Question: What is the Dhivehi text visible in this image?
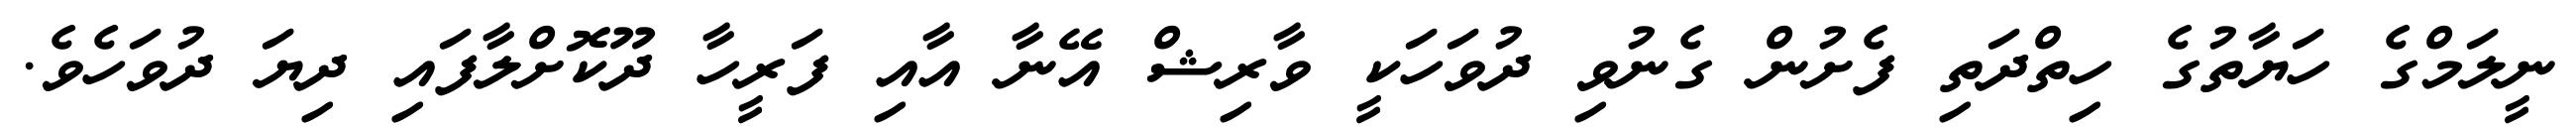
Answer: ނީލަމްގެ ހަޔާތުގެ ހިތްދަތި ފެށުން ގެނުވި ދުވަހަކީ ވާރިޝް އޭނާ އާއި ފަރީހާ ދޫކޮށްލާފައި ދިޔަ ދުވަހެވެ.